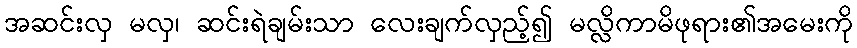
အဆင်းလှ မလှ၊ ဆင်းရဲချမ်းသာ လေးချက်လှည့်၍ မလ္လိကာမိဖုရား၏အမေးကို